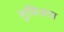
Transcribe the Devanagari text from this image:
तुसिअता